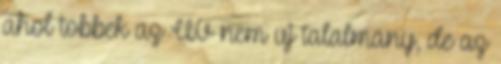
ahol tobbek az UV nem uj talalmany, de az